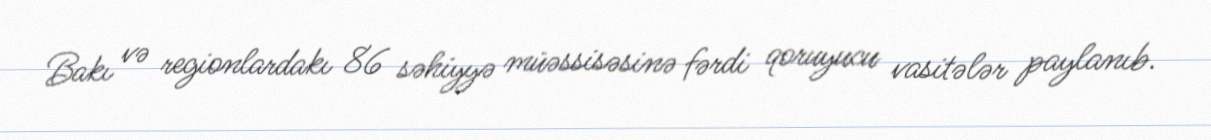
Bakı və regionlardakı 86 səhiyyə müəssisəsinə fərdi qoruyucu vasitələr paylanıb.